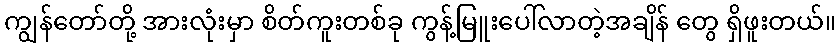
ကျွန်တော်တို့ အားလုံးမှာ စိတ်ကူးတစ်ခု ကွန့်မြူးပေါ်လာတဲ့အချိန် တွေ ရှိဖူးတယ်။